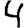
Digit: 4